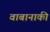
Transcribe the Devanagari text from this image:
वाबानाकी